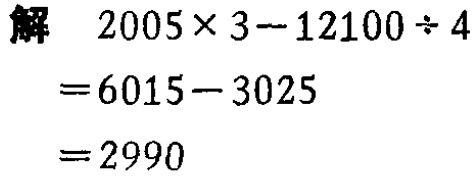
解

\[

\begin{align*}

&2005\times3 - 12100\div4\\

=&6015 - 3025\\

=&2990

\end{align*}

\]